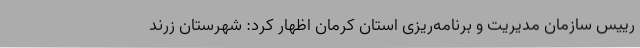
رییس سازمان مدیریت و برنامه‌ریزی استان کرمان اظهار کرد: شهرستان زرند